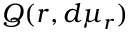
Q ( r , d \mu _ { r } )